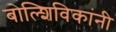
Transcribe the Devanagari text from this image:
बोल्शिविकांनी